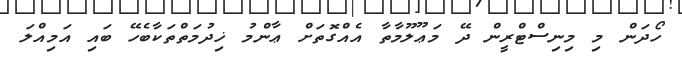
ހޯދަން މި މިނިސްޓްރީން ދޭ މަޢޫލޫމާތާ އެއްގޮތަށް ޢާންމު ޚިދުމަތްތަކާބެހޭ ބައި އަމިއްލަ